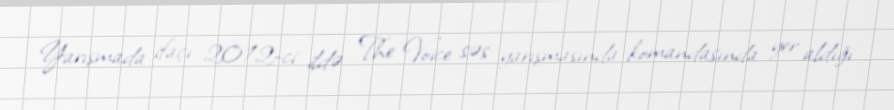
Yarışmada ifaçı 2012-ci ildə The Voice səs yarışmasında komandasında yer aldığı